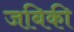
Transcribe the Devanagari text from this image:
जबिकी